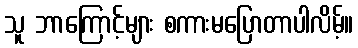
သူ ဘာကြောင့်များ စကားမပြောတာပါလိမ့်။